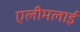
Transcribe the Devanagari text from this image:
एलीमलाई